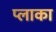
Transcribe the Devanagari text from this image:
प्लाका